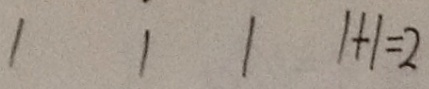
1 1 1 1 + 1 = 2